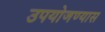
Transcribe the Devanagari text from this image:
उपयोजण्यास